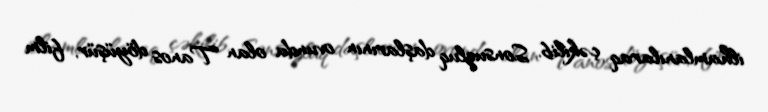
ilhamlanılaraq çəkilib, Sonsuzluq daşlarının ovunda olan Tanos döyüşür, film